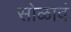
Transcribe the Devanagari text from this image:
सोळावं